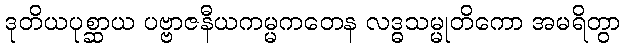
ဒုတိယပုစ္ဆာယ ပဗ္ဗာဇနီယကမ္မကတေန လဒ္ဓသမ္မုတိကော အမရိတွာ